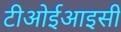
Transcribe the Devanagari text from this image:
टीओईआइसी